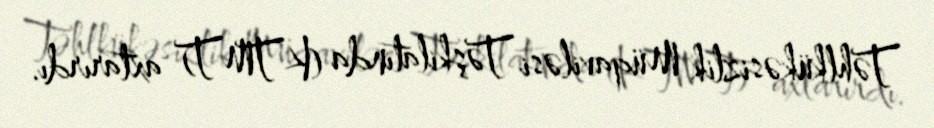
Təhlkükəsizlik Müqaviləsi Təşkilatında (KTMT) axtarırdı.